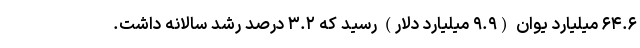
۶۴.۶ میلیارد یوان (۹.۹ میلیارد دلار) رسید که ۳.۲ درصد رشد سالانه داشت.